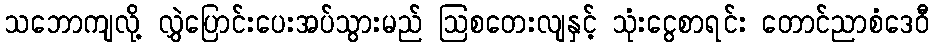
သဘောကျလို့ လွှဲပြောင်းပေးအပ်သွားမည် ဩစတေးလျနှင့် သုံးငွေစာရင်း တောင်ညာစံဒေဝီ